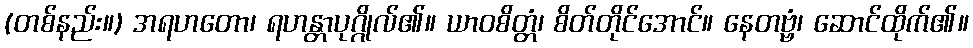
(တစ်နည်း။) အရဟတော၊ ရဟန္တာပုဂ္ဂိုလ်၏။ ယာဝစိတ္တံ၊ စိတ်တိုင်အောင်။ နေတဗ္ဗံ၊ ဆောင်ထိုက်၏။